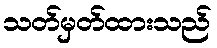
သတ်မှတ်ထားသည်